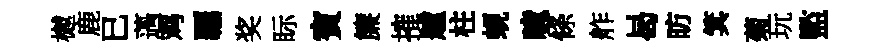
樾鹿已薖鸡覊奖眎賓簾搉艫柱蜆噫條舴曷昉箕菊玩監